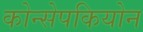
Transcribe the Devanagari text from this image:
कोन्सेपकियोन